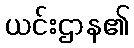
ယင်းဌာန၏